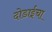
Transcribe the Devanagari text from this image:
दोडाईचा